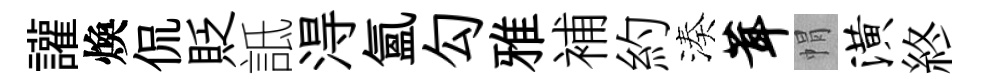
讙煥侃貶詆淂氲勾雅補約湊茸㡌潢終